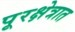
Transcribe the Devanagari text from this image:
पूरक्षेत्रात